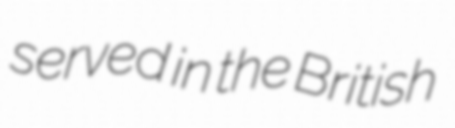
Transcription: served in the British